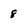
Character: 8